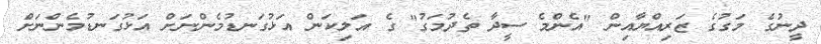
ދީނުގެ މަގުގެ ޒަރިއްޔާއިން "އެންމެ ސީދާ ތެދުމަގު" ގެ އަލިކަން އަޅުގަނޑުމެންނަށް އަޅުގަނޑުމެންނަށް